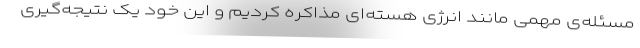
مسئله‌ی مهمی مانند انرژی هسته‌ای مذاکره کردیم و این خود یک نتیجه‌گیری